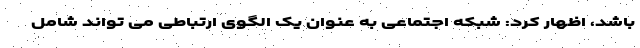
باشد، اظهار کرد: شبکه اجتماعی به عنوان یک الگوی ارتباطی می تواند شامل